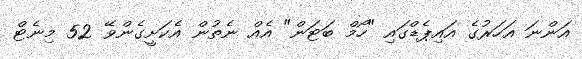
އަންނަ އަހަރުގެ އައިޕެޑްގައި "ހޯމް ބަޓަން" އެއް ނެތުން އެކަށީގެންވޭ 52 މިނެޓް